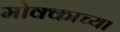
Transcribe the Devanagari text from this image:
मोक्काच्या